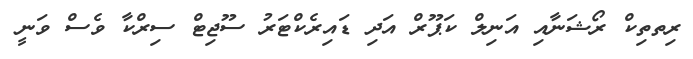
ރިތތިކް ރޯޝަނާއި އަނިލް ކަޕޫރް އަދި ޑައިރެކްޓަރު ސޫޖިޓް ސިރްކާ ވެސް ވަނީ